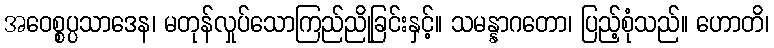
အဝေစ္စပ္ပသာဒေန၊ မတုန်လှုပ်သောကြည်ညိုခြင်းနှင့်။ သမန္နာဂတော၊ ပြည့်စုံသည်။ ဟောတိ၊